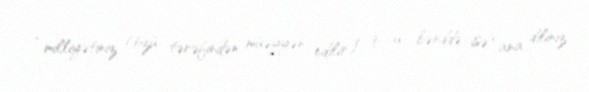
“milliyətiniz (özü tərəfindən müəyyən edilir)”, 9-cu bənddə isə “ana diliniz